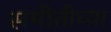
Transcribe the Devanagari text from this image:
समीतीच्या